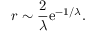
r \sim \frac { 2 } { \lambda } \mathrm { e } ^ { - 1 / \lambda } .